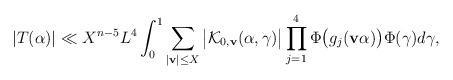
LaTeX: \begin{align*}|T(\alpha)|\ll X^{n-5}L^{4}\int_{0}^{1}\sum_{ |\mathbf{v}|\le X}\big|\mathcal{K}_{0,\mathbf{v}}(\alpha,\gamma)\big|\prod_{j=1}^4\Phi\big(g_j(\mathbf{v}\alpha)\big)\Phi(\gamma)d\gamma,\end{align*}